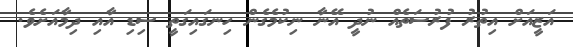
އަޒީއަށް އިތުރު ފުރުސަތެއް ނުދީ އޭނާ ނިކުމެގެން ހިނގައިގަތީ ސިޑި އާއި ދިމާއަށެވެ.